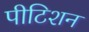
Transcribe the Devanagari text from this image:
पीटिशन